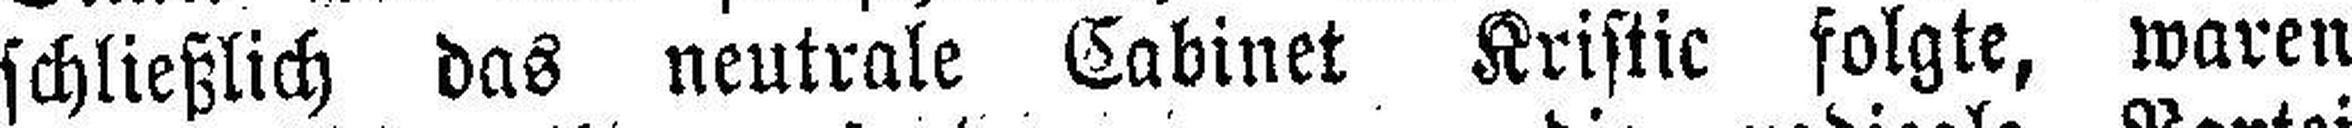
schließlich das neutrale Cabinet Kristic folgte, waren